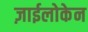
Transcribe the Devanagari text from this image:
ज़ाईलोकेन